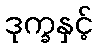
ဒုက္ခနှင့်